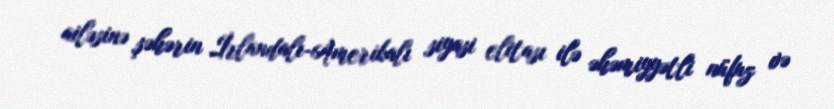
ailəsinə şəhərin İrlandalı-Amerikalı siyasi elitası ilə əhəmiyyətli nüfuz və